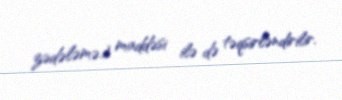
zədələmə) maddəsi ilə də təqsirləndirilir.